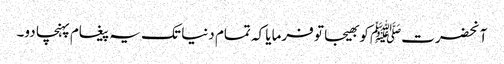
آنحضرتﷺ کو بھیجا تو فرمایا کہ تمام دنیا تک یہ پیغام پہنچا دو۔